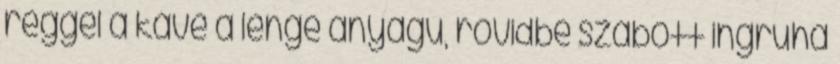
reggel a kávé a lenge anyagú, rövidbe szabott ingruha